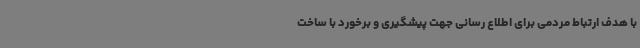
با هدف ارتباط مردمی برای اطلاع رسانی جهت پیشگیری و برخورد با ساخت